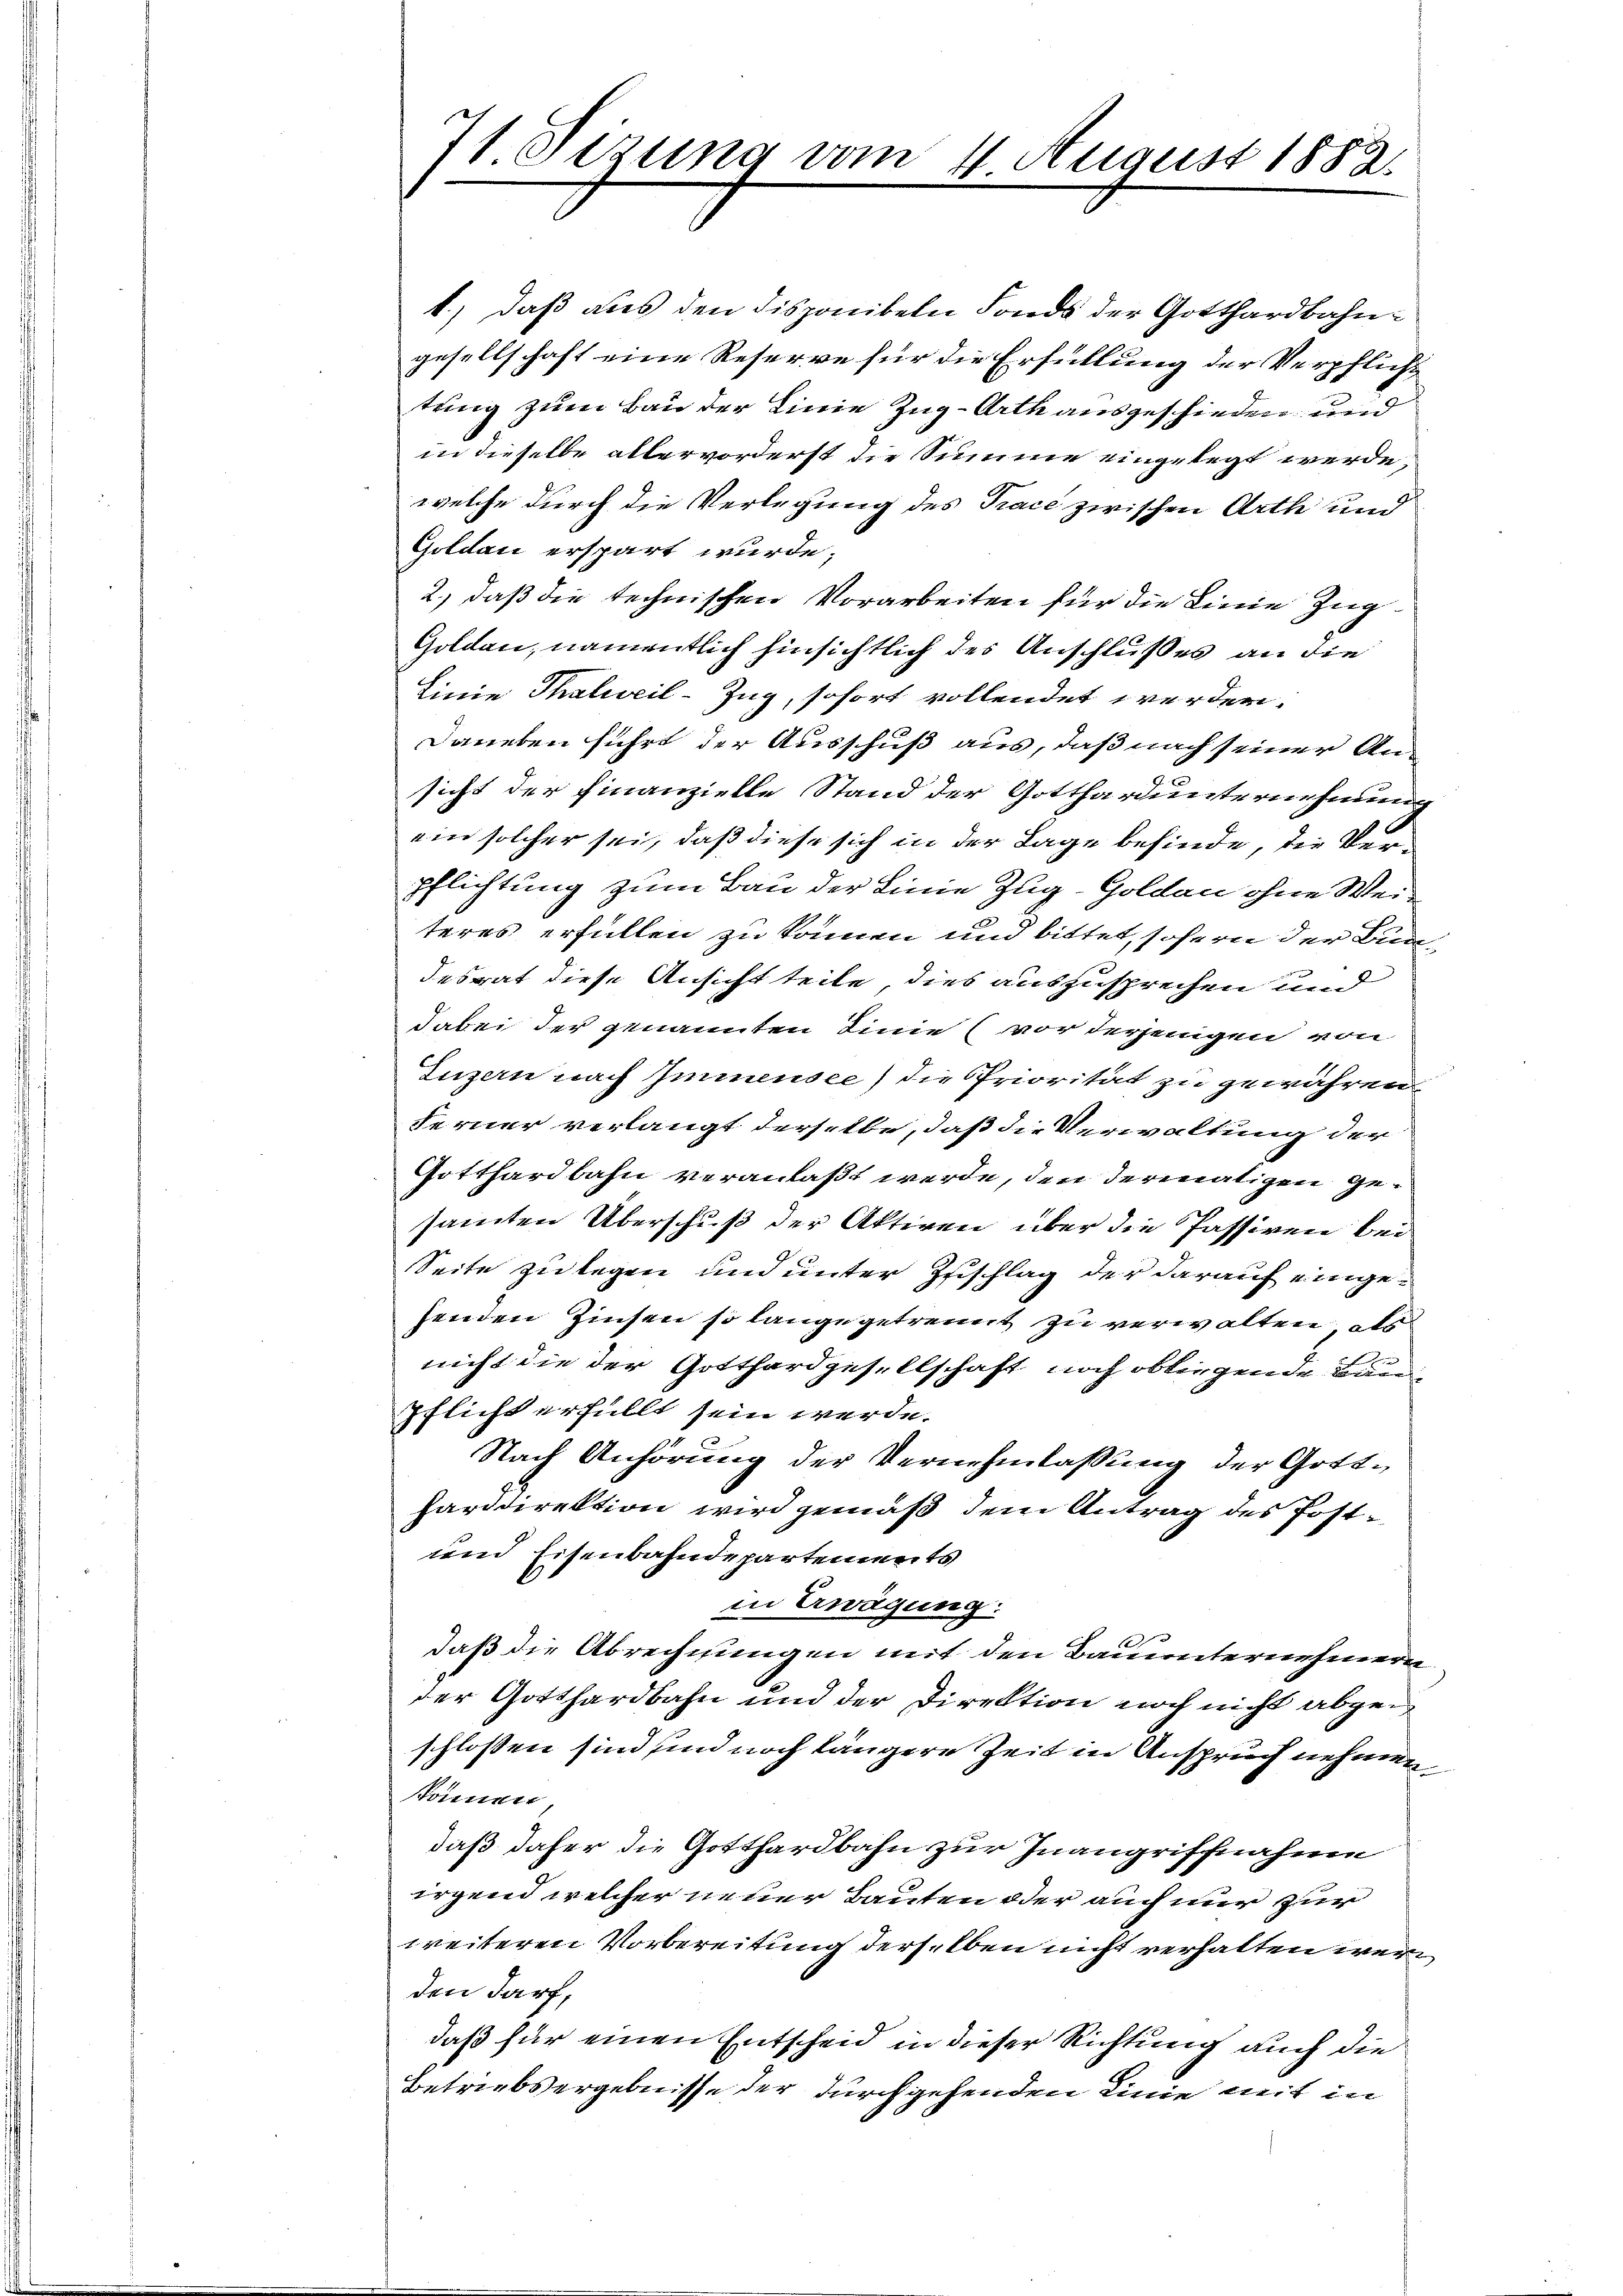
7 Stzung vom 11. August 1883.

1.) Daß aus den disponibeln Fonds der Gotthardbahngesellschaft eine Reserve für die Erfüllung der Verpflicht
tring zum Bau der Linie Zug-Arth ausgeschieden und
in dieselbe allervorderst die Summe eingelegt werde,
welche durch die Verlegung des Trace zwischen Arth und
Goldau erspart wurde.
2., daß die technischen Vorarbeiten für die Linie Zug¬
Goldau, namentlich hinsichtlich des Anschlußes an die
Linie Thalweil-Zug, sofort vollendet werden.
Daneben führt der Ausschuß aus, daß nach seiner An¬
9
sicht der Finanzielle Stand der Gottharunternehmung
ein solcher sei, daß diese sich in der Tage befinde, die Verpflichtung zum Bau der Linie Zug–Goldau ohne Weiteres erfüllen zu können und bittet, sofern der Bundesrat diese Ansicht teile, dies auszusprechen und
dabei der genannten Linie (vor derjenigen von
Luzern nach Immensee) die Priorität zu gewähren.
Ferner verlangt derselbe, daß die Verwaltung der
Gotthardbahn veranlaßt werde, den dermatigen gesamten Überschuß der Aktiven über die Passiven bei
Seite zu legen und unter Zuschlag der darauf eingesenden Zinsen so lange getrennt zu verwalten, als
nicht die der Gotthardgesellschaft noch obliegende Baue
Pflicht erfüllt sein werde.
Nach Anhörung der Vernehmlassung der Gottfarddirektion wird gemäß dem Antrag des Post¬
und Eisenbahndepartements
in Erwägung:
1
daß die Abrechnungen mit den Bauunternehmern
der Gotthardbahn und der Direktion noch nicht abgen
schlossen sind sind noch längere Zeit in Anspruch nehmen
können,
daß daher die Gotthardbahn zur Inangriffnahme
irgend welcher neuer Bauten oder auch nur zur
weiteren Vorbereitung derselben nicht verhalten wäre
den darf,
daß für einen Entscheid in dieser Richtung auch die
Betriebsergebnisse der durchgehenden Linie mit in